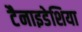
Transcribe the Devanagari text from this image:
टैनाइडेशिया